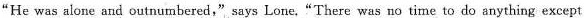
"He was alone and outnumbered,"says Lone."There was no time to do anything except